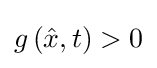
g\left({\hat {x}},t\right)>0